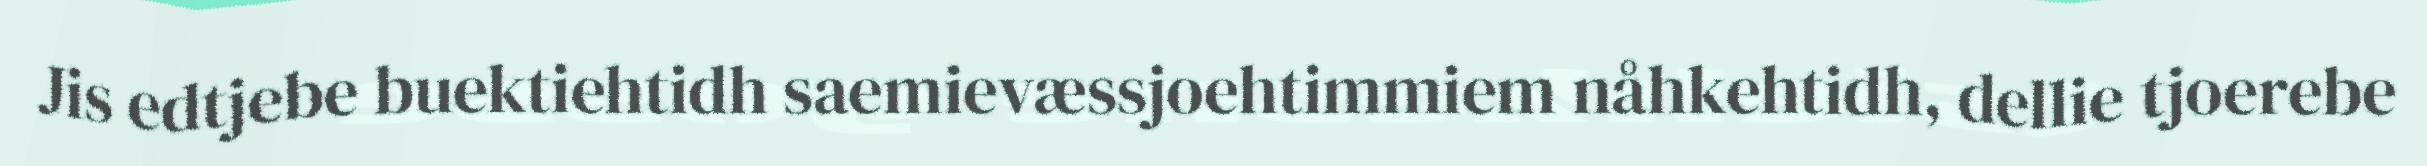
Jis edtjebe buektiehtidh saemievæssjoehtimmiem nåhkehtidh, dellie tjoerebe